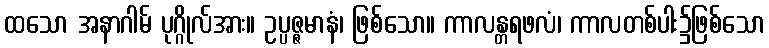
ထသော အနာဂါမ် ပုဂ္ဂိုလ်အား။ ဥပ္ပဇ္ဇမာနံ၊ ဖြစ်သော။ ကာလန္တရဖလံ၊ ကာလတစ်ပါး၌ဖြစ်သော